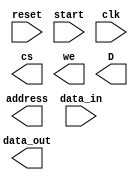
//-----------------------------------------------------
// Design Name : Maze Router
// Function    : Reads "map" saved inside RAM and output routing 
//-----------------------------------------------------
`timescale 1ns/10ps
module maze_router (
reset		,
start		,
clk         , // Clock Input
address     , // Address Output
data_in        , // Data 
data_out,
cs          , // Chip Select
we          , // Write Enable/Read Enable
D			// Set the This signal tell testbench to prinout the content of SRAM
); 

parameter DATA_WIDTH = 8 ;
parameter ADDR_WIDTH = 8 ;

//------------Input--------------- 
input					reset		;
input 					start	;
input                  clk         ;


input [DATA_WIDTH-1:0]  data_in       ;

//------------output---------------
output                  cs          ;
output                  we          ;
output [DATA_WIDTH-1:0]  data_out       ;
output [ADDR_WIDTH-1:0] address     ;
output D;

reg cs,we;
reg [DATA_WIDTH-1:0]  data_out       ;
reg [ADDR_WIDTH-1:0] address     ;
reg D	;


//--------------Code Starts Here------------------ 
always@(posedge clk)
begin



end	

endmodule // End of Module